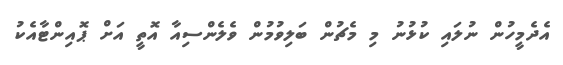
އެދެމީހުން ނުލައި ކުޅުނު މި މެޗުން ބަލިވުމުން ވެލެންސިއާ އޮތީ އަށް ޕޮއިންޓާއެކު